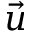
\vec { u }